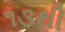
૧૩થી